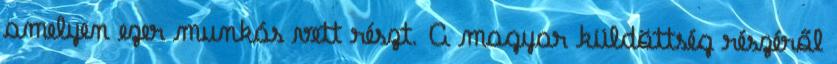
amelyen ezer munkás vett részt. A magyar küldöttség részéről